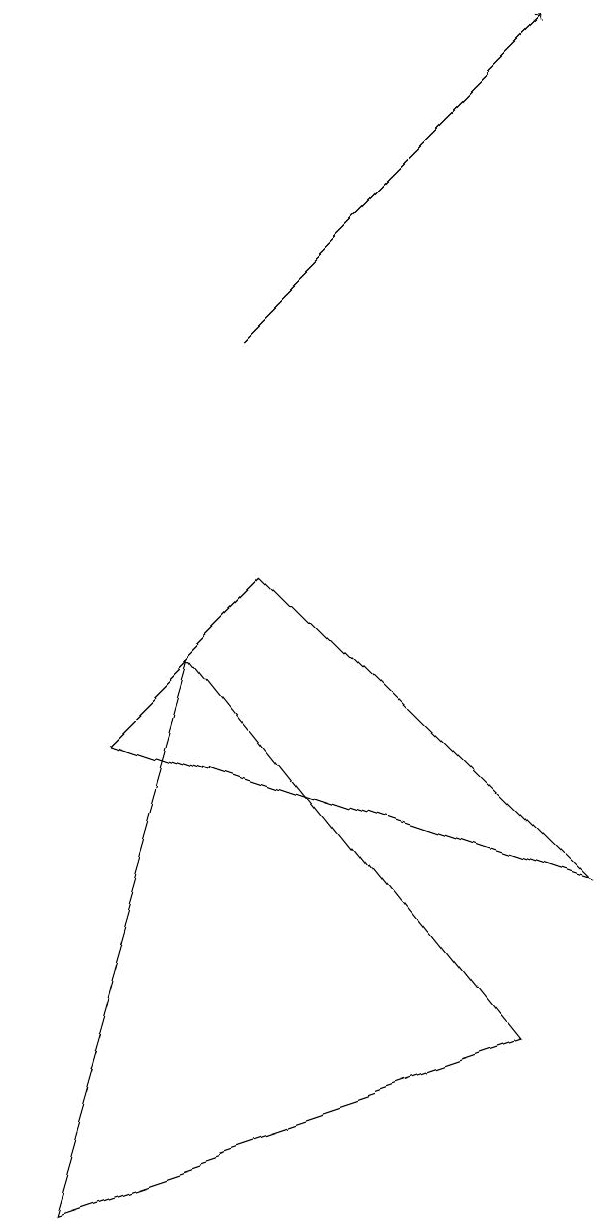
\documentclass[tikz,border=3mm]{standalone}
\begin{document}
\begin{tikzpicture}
\draw (7,4) -- (1,6) -- (3,8) -- cycle;
\draw (6,2) -- (0,0) -- (2,7) -- cycle;
\draw[->] (3,11) -- (7,15);
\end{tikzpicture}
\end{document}